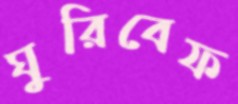
ঘুরিবেফ